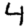
Digit: 4